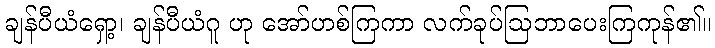
ချန်ပီယံရှော့၊ ချန်ပီယံဂူ ဟု အော်ဟစ်ကြကာ လက်ခုပ်ဩဘာပေးကြကုန်၏။